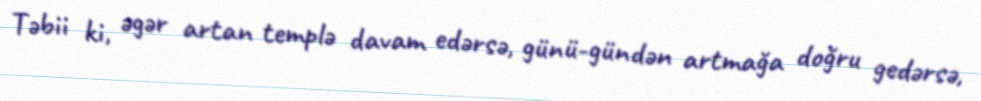
Təbii ki, əgər artan templə davam edərsə, günü-gündən artmağa doğru gedərsə,